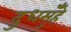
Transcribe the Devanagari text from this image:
दुधमुँहे